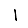
Digit: 1